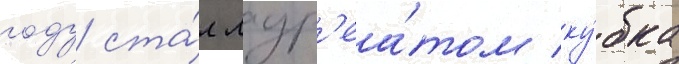
году ста́л лаур'еа́том ку́бка